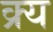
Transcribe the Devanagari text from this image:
क्र्य